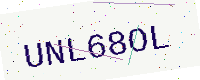
Text: UNL68OL